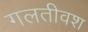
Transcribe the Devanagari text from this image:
गलतीवश